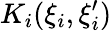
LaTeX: K_{i}(\xi_{i},\xi_{i}^{\prime})